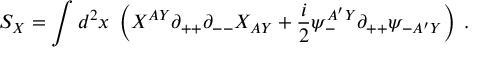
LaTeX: S _ { X } = \int d ^ { 2 } x \; \left( X ^ { A Y } \partial _ { + + } \partial _ { -- } X _ { A Y } + { \frac { i } { 2 } } \psi _ { - } ^ { A ^ { \prime } Y } \partial _ { + + } \psi _ { - A ^ { \prime } Y } \right) \; .